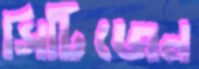
সিটিজেন